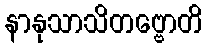
နာနုသာသိတဗ္ဗောတိ